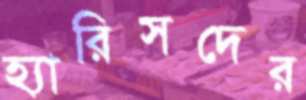
হ্যারিসদের